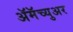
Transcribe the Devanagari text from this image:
ॲमॅच्युअर